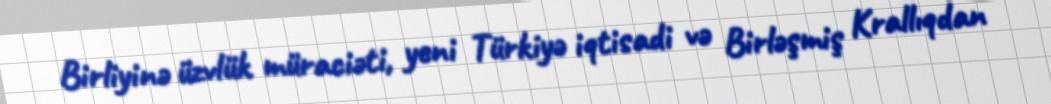
Birliyinə üzvlük müraciəti, yeni Türkiyə iqtisadi və Birləşmiş Krallıqdan